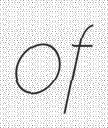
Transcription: of